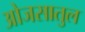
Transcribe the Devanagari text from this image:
ओजसातुल